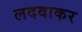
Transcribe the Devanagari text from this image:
लदवाकर